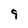
Character: 9